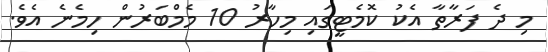
މި ދެ ފަރާތާ އެކު ކޮމެޓީގައި މިހާރު 10 މެމްބަރުން ހިމެނެ އެވެ.